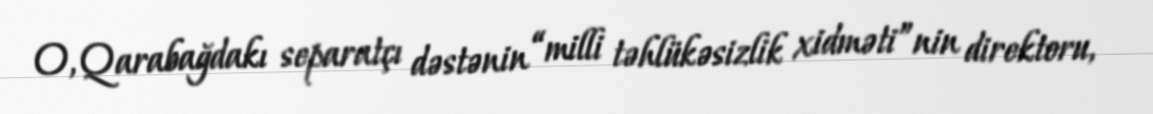
O, Qarabağdakı separatçı dəstənin “milli təhlükəsizlik xidməti”nin direktoru,